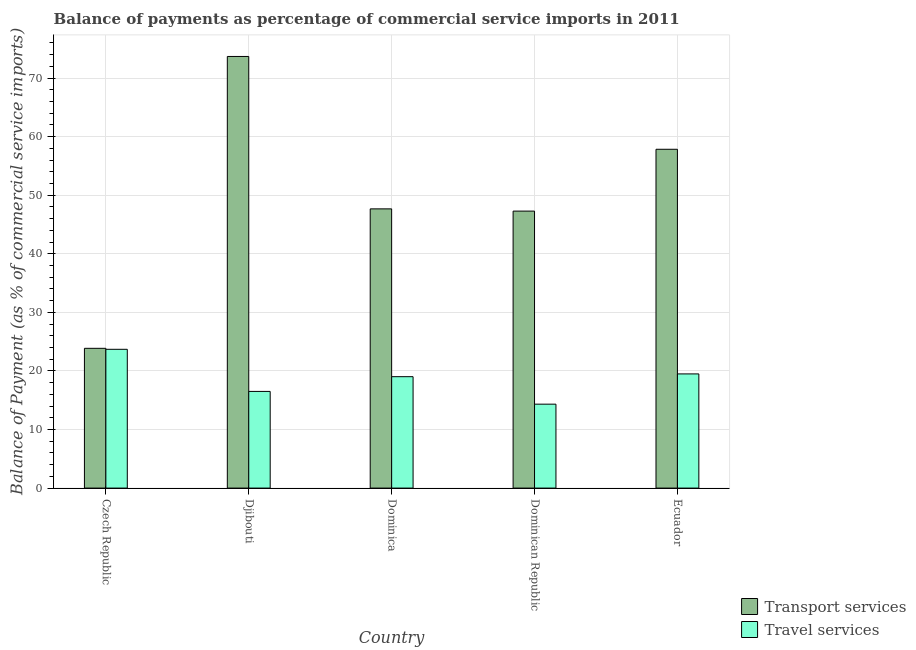
| Country | Transport services | Travel services |
 | --- | --- | --- |
 | Czech Republic | 23.9 | 23.7 |
 | Djibouti | 73.7 | 16.5 |
 | Dominica | 47.7 | 19 |
 | Dominican Republic | 47.3 | 14.3 |
 | Ecuador | 57.8 | 19.5 |